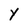
Character: Y